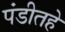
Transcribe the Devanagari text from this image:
पंडीतहे